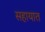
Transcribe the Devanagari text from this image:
सहायात